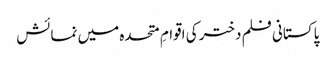
پاکستانی فلم دختر کی اقوامِ متحدہ میں نمائش